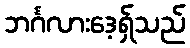
ဘင်္ဂလားဒေ့ရှ်သည်